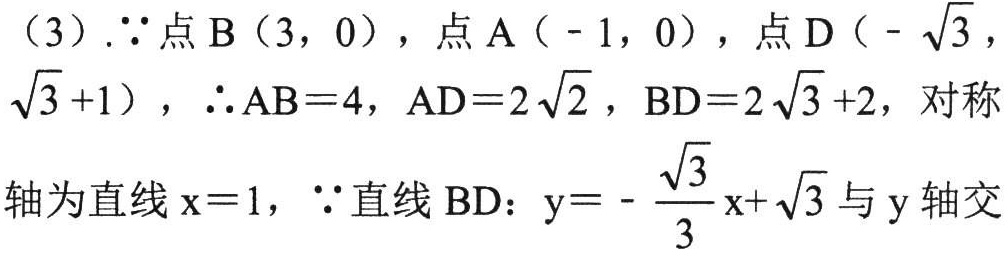
（3）.\(\because\)点\(B(3,0)\)，点\(A(-1,0)\)，点\(D(-\sqrt{3},\sqrt{3}+1)\)，\(\therefore AB = 4\)，\(AD = 2\sqrt{2}\)，\(BD = 2\sqrt{3}+2\)，对称轴为直线\(x = 1\)，\(\because\)直线\(BD\)：\(y=-\frac{\sqrt{3}}{3}x+\sqrt{3}\)与\(y\)轴交